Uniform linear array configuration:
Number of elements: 48
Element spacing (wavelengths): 0.75
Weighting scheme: cosine
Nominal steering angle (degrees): -45
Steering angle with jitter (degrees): -44.861
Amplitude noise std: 0.05
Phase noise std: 0.05

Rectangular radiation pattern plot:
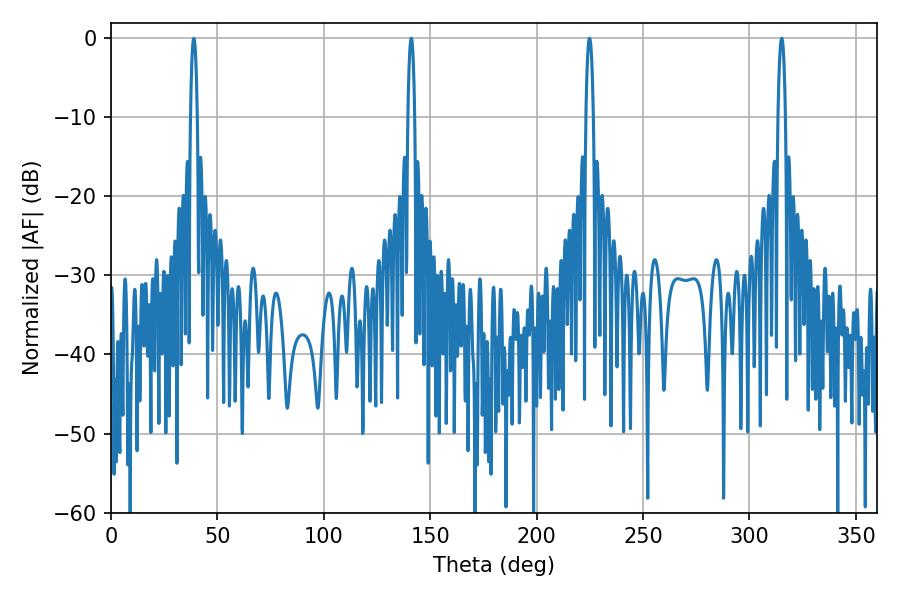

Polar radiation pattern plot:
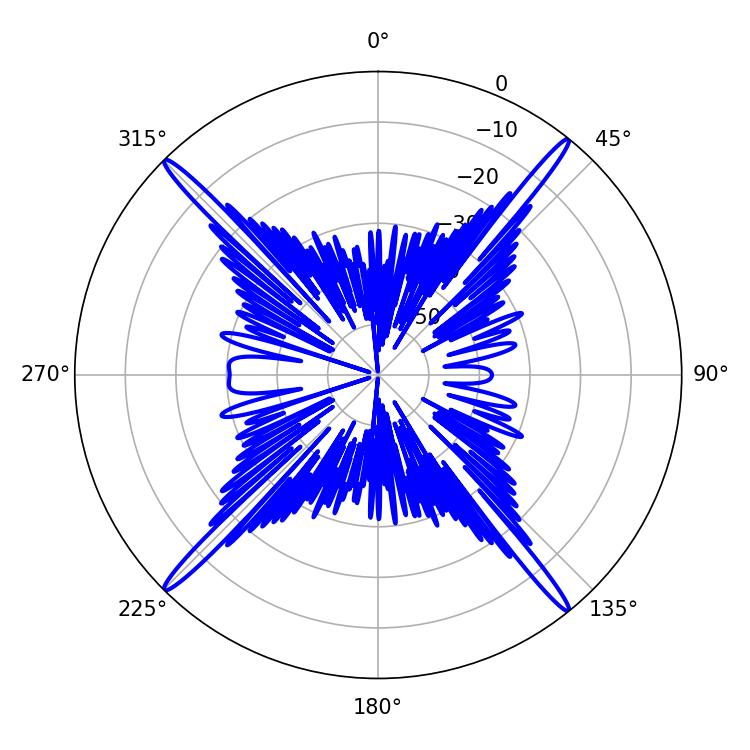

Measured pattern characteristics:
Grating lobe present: TRUE
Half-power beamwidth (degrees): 1.98
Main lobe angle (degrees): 224.82